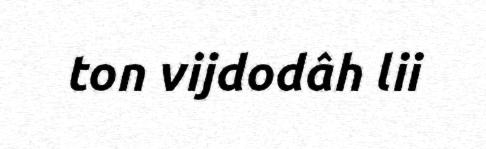
ton vijdodâh lii